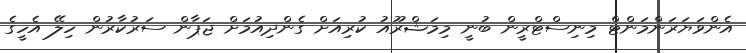
އެންވަޔަރަންމަންޓް މިނިސްޓްރީން ބުނީ މިމަޝްރޫއު ކުރިއަށް ގެންދިއުމަށް ޖަޕާން ސަރުކާރުން ހިލޭ އެހީގެ